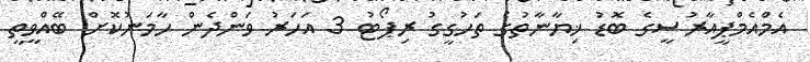
އެމްއެމްޕީއާރުސީގެ ބޮޑު ޚިޔާނާތުގެ ތަހުގީގު ރިޕޯޓު 3 އަހަރު ވަންދެން ހާމަނުކޮށް ބޭއްވީތީ